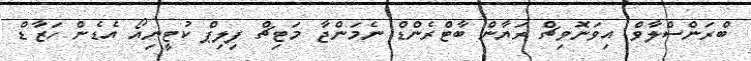
ބްރަންސްލާވް އިވަނޮވިޗް ރަޔާން ބާޓްރެންޑް ނެމަންޖާ މަޓިޗް ފިލިޕް ކުޓީނިއޯ އެޑެން ހަޒާޑް